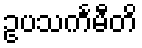
ဥပသင်္ကမီတိ